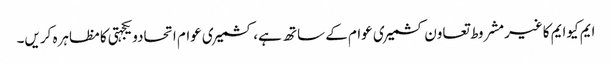
ایم کیوایم کاغیرمشروط تعاون کشمیری عوام کے ساتھ ہے، کشمیری عوام اتحادویکجہتی کامظاہرہ کریں۔